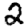
Digit: 2